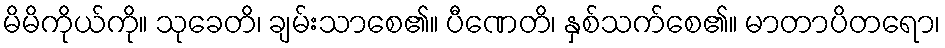
မိမိကိုယ်ကို။ သုခေတိ၊ ချမ်းသာစေ၏။ ပီဏေတိ၊ နှစ်သက်စေ၏။ မာတာပိတရော၊